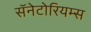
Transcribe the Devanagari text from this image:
सॅनेटोरियम्स